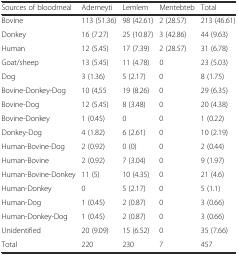
| Sources of bloodmeal | Ademeyti | Lemlem | Mentebteb | Total |
 | --- | --- | --- | --- | --- |
 | Bovine | 113 (51.36) | 98 (42.61) | 2 (28.57) | 213 (46.61) |
 | Donkey | 16 (7.27) | 25 (10.87) | 3 (42.86) | 44 (9.63) |
 | Human | 12 (5.45) | 17 (7.39) | 2 (28.57) | 31 (6.78) |
 | Goat/sheep | 13 (5.45) | 11 (4.78) | 0 | 23 (5.03) |
 | Dog | 3 (1.36) | 5 (2.17) | 0 | 8 (1.75) |
 | Bovine-Donkey-Dog | 10 (4,55 | 19 (8.26) | 0 | 29 (6.35) |
 | Bovine-Dog | 12 (5.45) | 8 (3.48) | 0 | 20 (4.38) |
 | Bovine-Donkey | 1 (0.45) | 0 | 0 | 1 (0.22) |
 | Donkey-Dog | 4 (1.82) | 6 (2.61) | 0 | 10 (2.19) |
 | Human-Bovine-Dog | 2 (0.92) | 0 (0) | 0 | 2 (0.44) |
 | Human-Bovine | 2 (0.92) | 7 (3.04) | 0 | 9 (1.97) |
 | Human-Bovine-Donkey | 11 (5) | 10 (4.35) | 0 | 21 (4.6) |
 | Human-Donkey | 0 | 5 (2.17) | 0 | 5 (1.1) |
 | Human-Dog | 1 (0.45) | 2 (0.87) | 0 | 3 (0.66) |
 | Human-Donkey-Dog | 1 (0.45) | 2 (0.87) | 0 | 3 (0.66) |
 | Unidentified | 20 (9.09) | 15 (6.52) | 0 | 35 (7.66) |
 | Total | 220 | 230 | 7 | 457 |